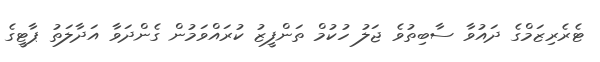
ޓެރެރިޒަމްގެ ދައުވާ ސާބިތުވެ ޖަލު ހުކުމް ތަންފީޒު ކުރައްވަމުން ގެންދަވާ އަދާލަތު ޕާޓީގެ